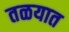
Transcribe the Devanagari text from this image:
तळयात